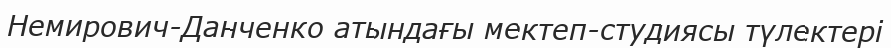
Немирович-Данченко атындағы мектеп-студиясы түлектері